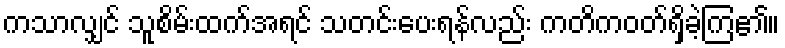
ကသာလျှင် သူစိမ်းထက်အရင် သတင်းပေးရန်လည်း ကတိကဝတ်ရှိခဲ့ကြ၏။